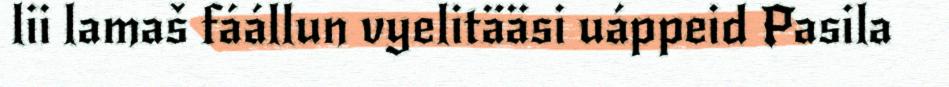
lii lamaš fáállun vyelitääsi uáppeid Pasila